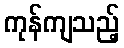
ကုန်ကျသည့်